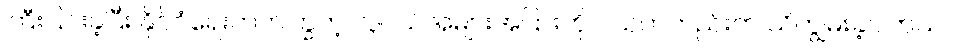
ကြီးပြင်းခဲ့ပြီး နိုင်ငံရေးတက်ကြွတဲ့ လူငယ်အများအပြားကို ငယ်ကတည်းက သိကျွမ်းခဲ့ပါတယ်။